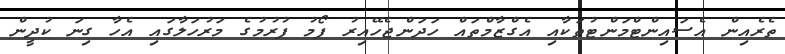
ތެރެއިން އެސައިންޓްމަންޓުތަކާއި އެގްޒާމްތައް ހަދަންޖެހޭއިރު ފޯމު ފުރުމުގެ މަރުހަލާގައި އެހާ ގިނަ ކުދީން